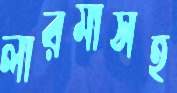
লারমাসহ